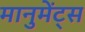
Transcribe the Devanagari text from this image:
मानुमेंट्स